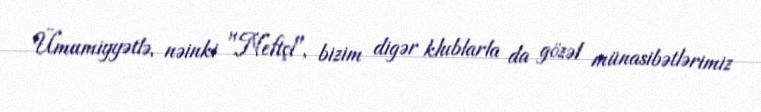
Ümumiyyətlə, nəinki "Neftçi", bizim digər klublarla da gözəl münasibətlərimiz